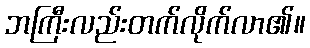
ဘကြီးလည်းတက်လိုက်လာ၏။